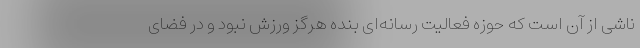
ناشی از آن است که حوزه فعالیت رسانه‌ای بنده هرگز ورزش نبود و در فضای